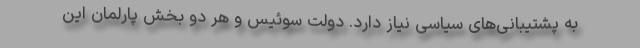
به پشتیبانی‌های سیاسی نیاز دارد. دولت سوئیس و هر دو بخش پارلمان این